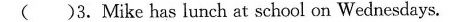
( )3.Mike has lunch at school on Wednesdays.